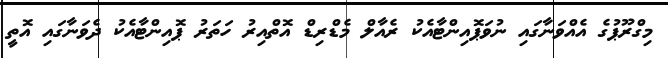
މިގްރޫޕުގެ އެއްވަނާގައި ނުވަޕޮއިންޓާއެކު ރެއާލް މެޑްރިޑް އޮތްއިރު ހަތަރު ޕޮއިންޓާއެކު ދެވަނާގައި އޮތީ